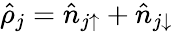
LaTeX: \hat{\rho}_{j}=\hat{n}_{j\uparrow}+\hat{n}_{j\downarrow}